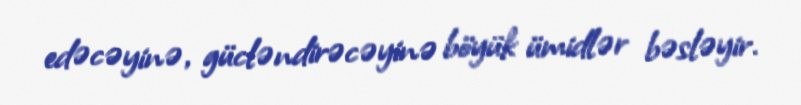
edəcəyinə, gücləndirəcəyinə böyük ümidlər bəsləyir.